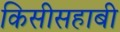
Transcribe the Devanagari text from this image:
किसीसहाबी